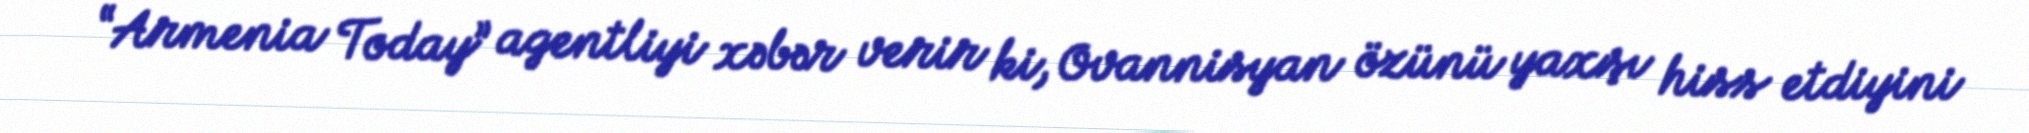
“Armenia Today” agentliyi xəbər verir ki, Ovannisyan özünü yaxşı hiss etdiyini